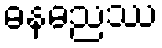
ဓနဓညဿ